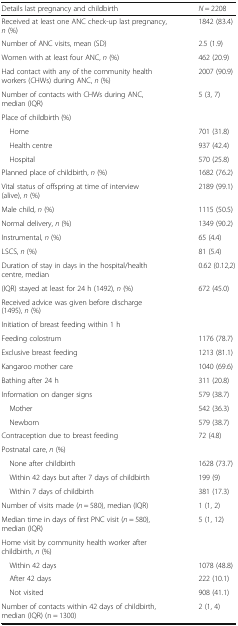
| Details last pregnancy and childbirth | N = 2208 |
 | --- | --- |
 | Received at least one ANC check-up last pregnancy, n (%) | 1842 (83.4) |
 | Number of ANC visits, mean (SD) | 2.5 (1.9) |
 | Women with at least four ANC, n (%) | 462 (20.9) |
 | Had contact with any of the community health workers (CHWs) during ANC, n (%) | 2007 (90.9) |
 | Number of contacts with CHWs during ANC, median (IQR) | 5 (3, 7) |
 | <COLSPAN=2> Place of childbirth (%) |
 | Home | 701 (31.8) |
 | Health centre | 937 (42.4) |
 | Hospital | 570 (25.8) |
 | Planned place of childbirth, n (%) | 1682 (76.2) |
 | Vital status of offspring at time of interview (alive), n (%) | 2189 (99.1) |
 | Male child, n (%) | 1115 (50.5) |
 | Normal delivery, n (%) | 1349 (90.2) |
 | Instrumental, n (%) | 65 (4.4) |
 | LSCS, n (%) | 81 (5.4) |
 | Duration of stay in days in the hospital/health centre, median | 0.62 (0.12,2) |
 | (IQR) stayed at least for 24 h (1492), n (%) | 672 (45.0) |
 | Received advice was given before discharge (1495), n (%) |  |
 | Initiation of breast feeding within 1 h |  |
 | Feeding colostrum | 1176 (78.7) |
 | Exclusive breast feeding | 1213 (81.1) |
 | Kangaroo mother care | 1040 (69.6) |
 | Bathing after 24 h | 311 (20.8) |
 | Information on danger signs | 579 (38.7) |
 | Mother | 542 (36.3) |
 | Newborn | 579 (38.7) |
 | Contraception due to breast feeding | 72 (4.8) |
 | <COLSPAN=2> Postnatal care, n (%) |
 | None after childbirth | 1628 (73.7) |
 | Within 42 days but after 7 days of childbirth | 199 (9) |
 | Within 7 days of childbirth | 381 (17.3) |
 | Number of visits made (n = 580), median (IQR) | 1 (1, 2) |
 | Median time in days of first PNC visit (n = 580), median (IQR) | 5 (1, 12) |
 | <COLSPAN=2> Home visit by community health worker after childbirth, n (%) |
 | Within 42 days | 1078 (48.8) |
 | After 42 days | 222 (10.1) |
 | Not visited | 908 (41.1) |
 | Number of contacts within 42 days of childbirth, median (IQR) (n = 1300) | 2 (1, 4) |